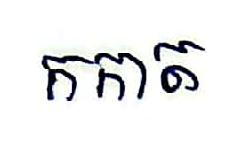
កកាត